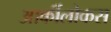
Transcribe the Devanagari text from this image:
आर्कीलोकस